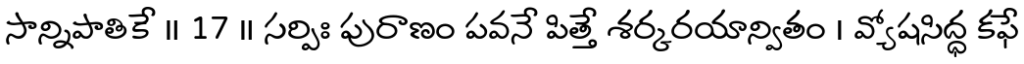
సాన్నిపాతికే ॥ 17 ॥ సర్పిః పురాణం పవనే పిత్తే శర్కరయాన్వితం । వ్యోషసిద్ధ కఫే